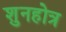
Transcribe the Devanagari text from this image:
शुनहोत्र